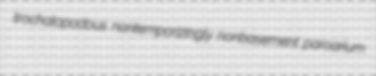
trochalopodous nontemporizingly nonbasement paroarium